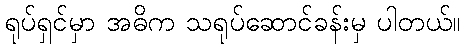
ရုပ်ရှင်မှာ အဓိက သရုပ်ဆောင်ခန်းမှ ပါတယ်။